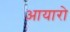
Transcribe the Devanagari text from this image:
आयारो